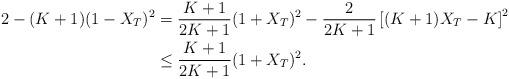
LaTeX: \begin{align*} 2 - (K + 1)(1 - X_T)^2 &= \frac{K+ 1}{2K + 1} (1 + X_T)^2 - \frac{2}{2K+ 1} \left[ (K + 1) X_T - K \right]^2 \\&\le \frac{K + 1}{2K + 1} (1 + X_T)^2 .\end{align*}